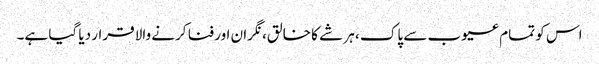
اس کو تمام عیوب سے پاک ، ہر شے کا خالق، نگران اور فنا کرنے والا قرار دیا گیا ہے۔